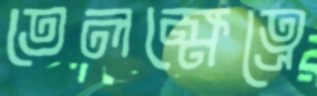
তেলক্ষেত্রে